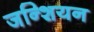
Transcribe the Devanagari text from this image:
जन्शियन